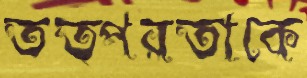
তত্পরতাকে